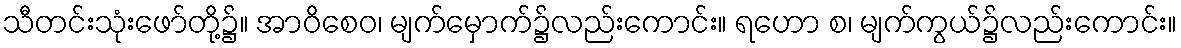
သီတင်းသုံးဖော်တို့၌။ အာဝိစေဝ၊ မျက်မှောက်၌လည်းကောင်း။ ရဟော စ၊ မျက်ကွယ်၌လည်းကောင်း။